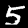
Digit: 5